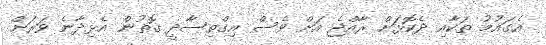
އެގައުމު ތަކާއި ދެކޮޅަށް ރާއްޖެ އަށް ވެސް އިގްތިސާދީ ގޮތުން އެޅިދާނެ ވަރަށް